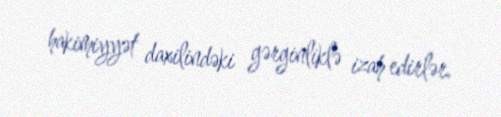
hakimiyyət daxilindəki gərginliklə izah edirlər.